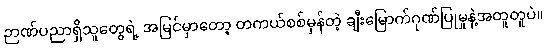
ဉာဏ်ပညာရှိသူတွေရဲ့ အမြင်မှာတော့ တကယ်စစ်မှန်တဲ့ ချီးမြောက်ဂုဏ်ပြုမှုနဲ့အတူတူပဲ။